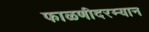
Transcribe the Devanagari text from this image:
फाळणीदरम्यान